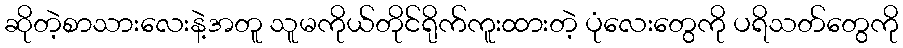
ဆိုတဲ့စာသားလေးနဲ့အတူ သူမကိုယ်တိုင်ရိုက်ကူးထားတဲ့ ပုံလေးတွေကို ပရိသတ်တွေကို